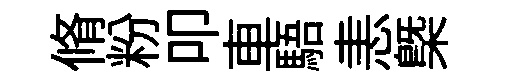
脩粉叩車䮏恚㮣